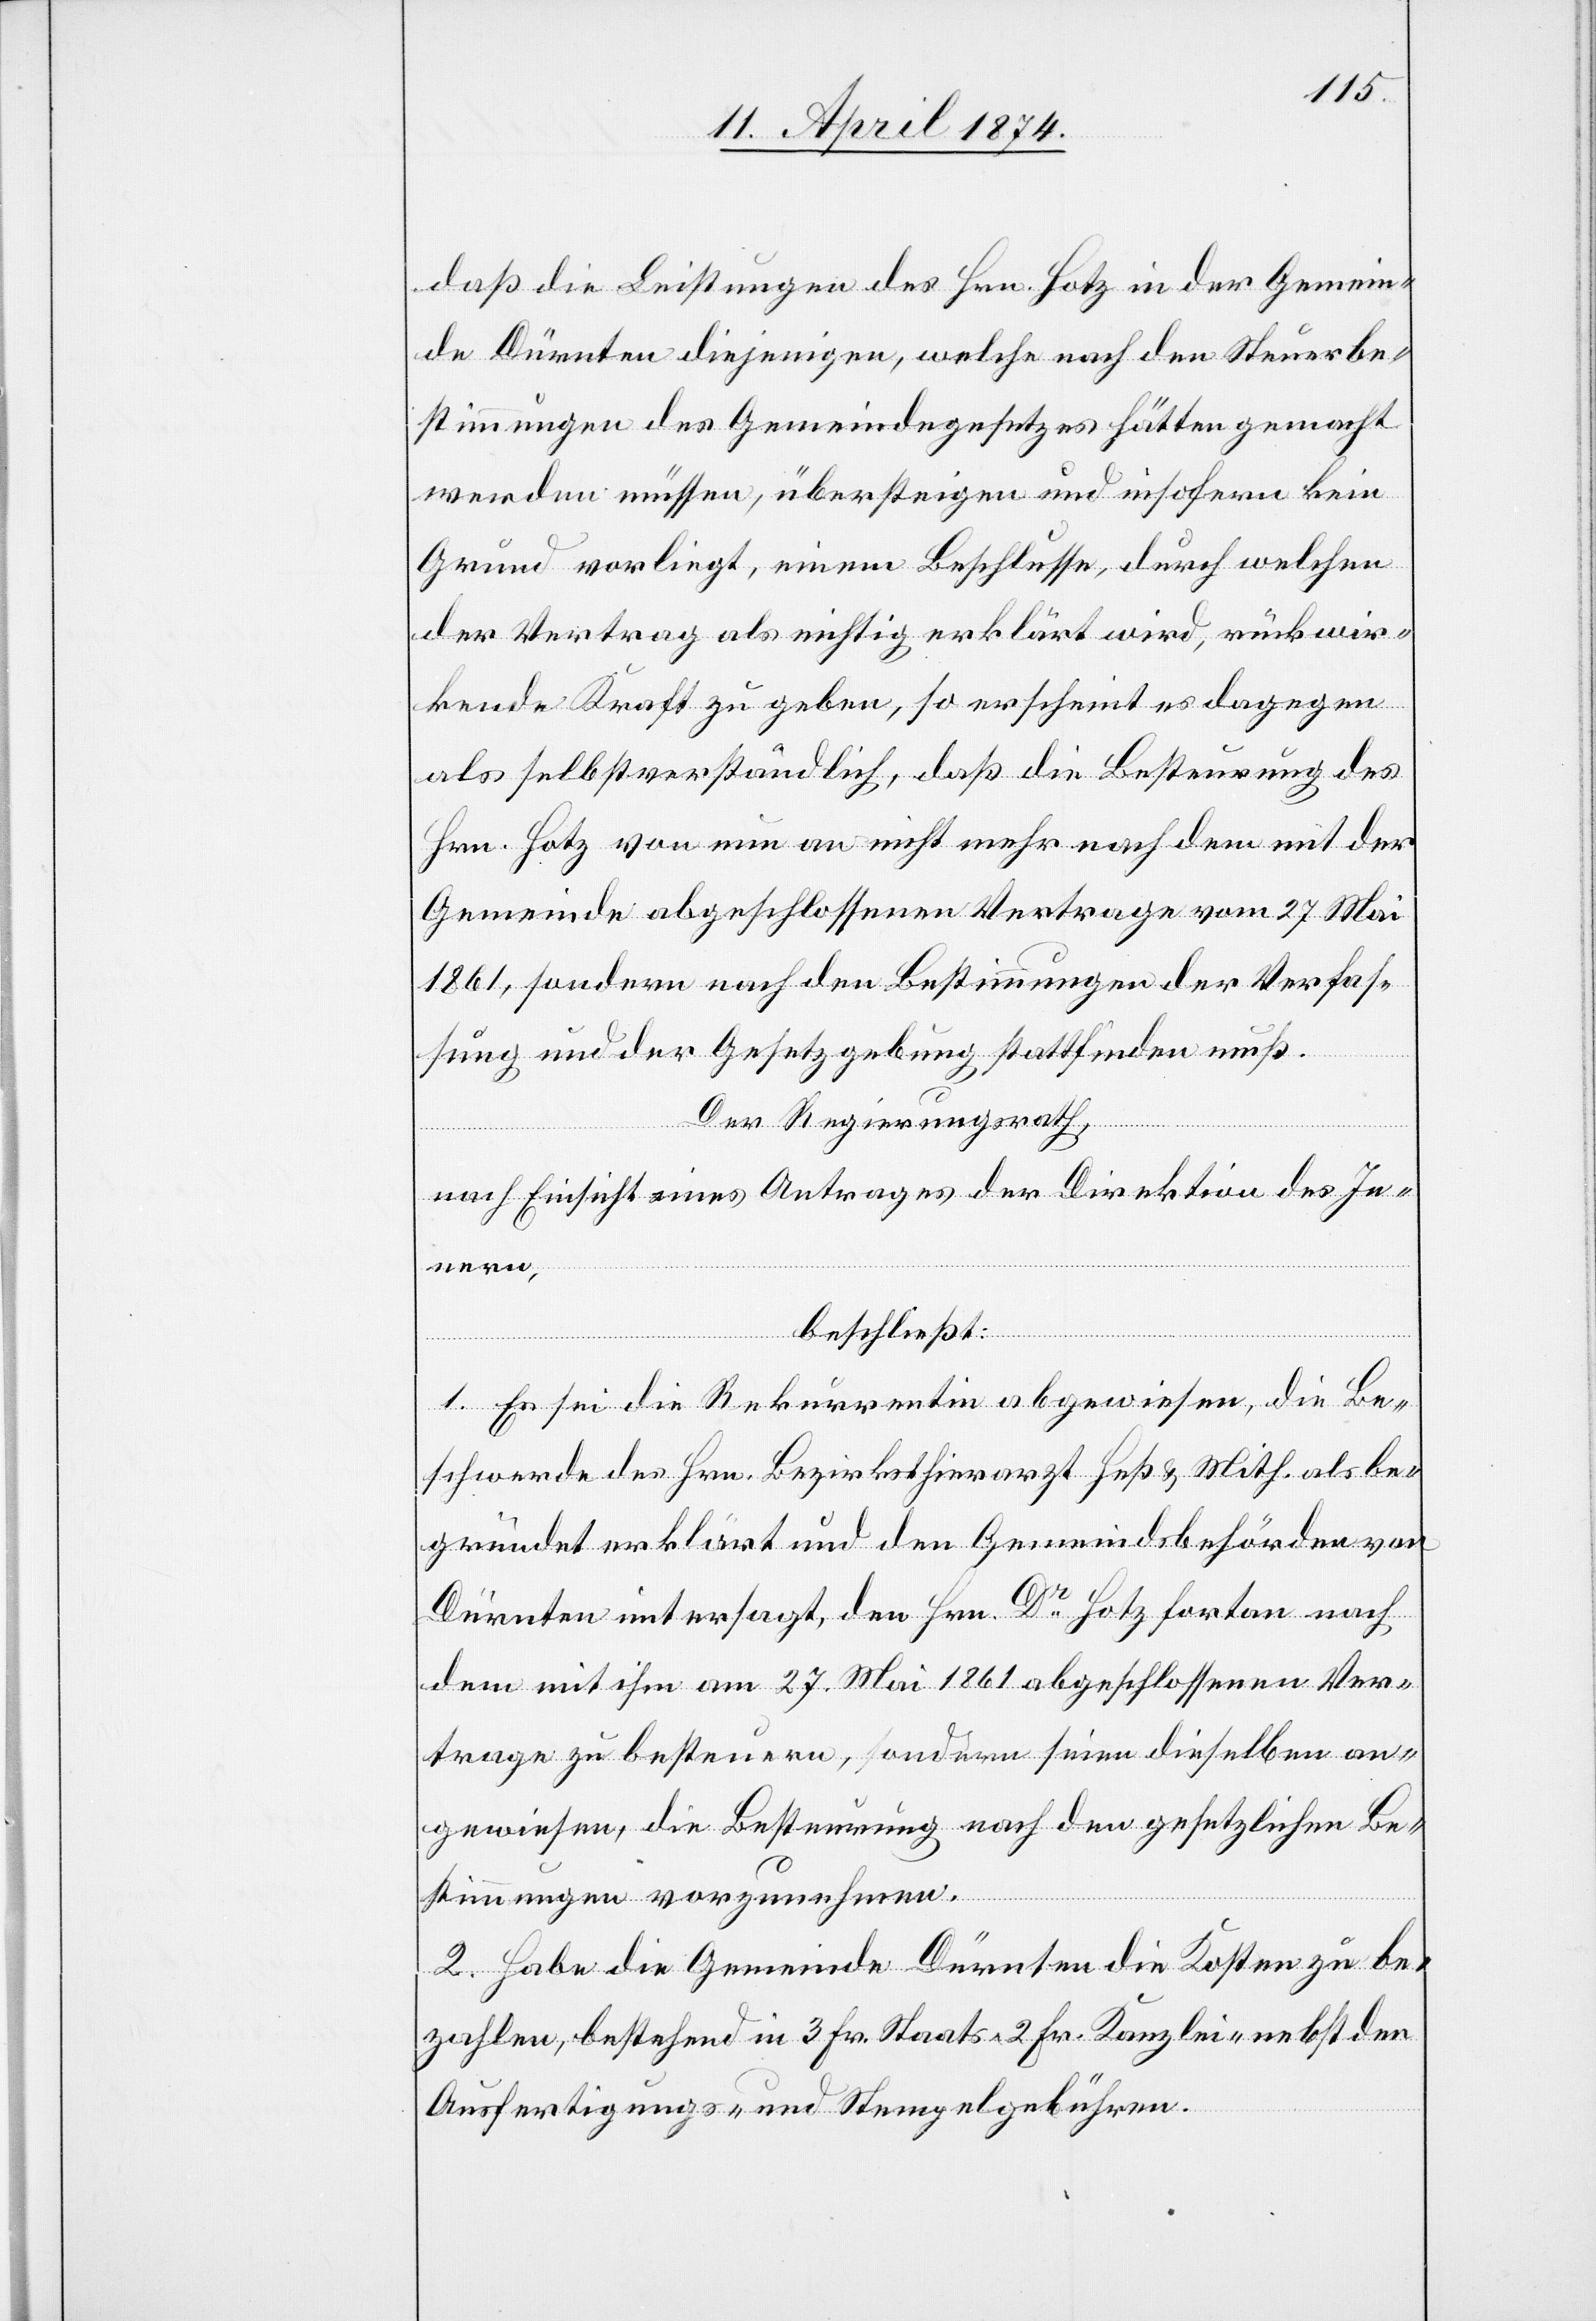
daß die Leistungen des Hrn. Hotz in der Gemein¬
de Dürnten diejenigen, welche nach den Steuerbe¬
stimmungen des Gemeindegesetzes hätten gemacht
werden müssen, übersteigen und insofern kein
Grund vorliegt, einem Beschlusse, durch welchen
der Vertrag als richtig erklärt wird, rückwir¬
kende Kraft zu geben, so erscheint es dagegen
als selbstverständlich, daß die Bestimmung des
Hrn. Hotz von nun an nicht mehr nach dem mit der
Gemeinde abgeschlossenen Vertrage vom 27. Mai
1861, sondern nach den Bestimmungen der Verfas¬
sung und der Gesetzgebung stattfinden muß.
Der Regierungsrath,
nach Einsicht eines Antrages der Direktion des In¬
nern,
beschließt:
1. Es sei die Rekurrentin abgewiesen, die Be¬
schwerde des Hrn. Bezirksthierarzt Heß u. Mith. als be¬
gründet erklärt und den Gemeindsbehörden von
Dürnten untersagt, den Hrn. Dr Hotz fortan nach
dem mit ihm am 27. Mai 1861 abgeschlossenen Ver¬
trage zu besteuern, sondern seien dieselben an¬
gewiesen, die Besteurung nach den gesetzlichen Be¬
stimmungen vorzunehmen.
2. Habe die Gemeinde Dürnten die Kosten zu be¬
zahlen, bestehend in 3 Fr. Staats-[,] 2 Fr. Kanzlei- nebst den
Ausfertigungs- und Stempelgebühren.